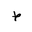
Letter: _da